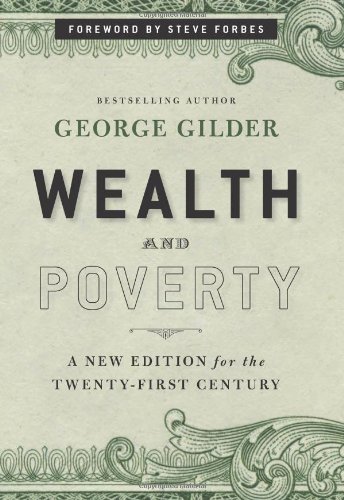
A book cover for Wealth and Poverty: A New Edition for the Twenty-First Century; George Gilder; Business & Money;